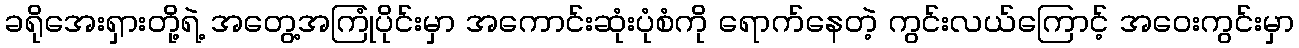
ခရိုအေးရှားတို့ရဲ့ အတွေ့အကြုံပိုင်းမှာ အကောင်းဆုံးပုံစံကို ရောက်နေတဲ့ ကွင်းလယ်ကြောင့် အဝေးကွင်းမှာ